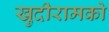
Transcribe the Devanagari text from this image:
खुदीरामको